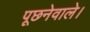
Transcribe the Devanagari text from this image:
पूछनेवाले।